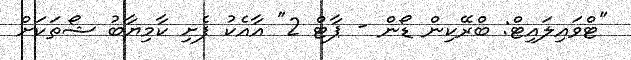
"ޓްވައިލައިޓް: ބްރޭކިން ޑޯން - ޕާޓް 2" އާއެކު ފެށި ކާމިޔާބު ޝޯތަކަށް